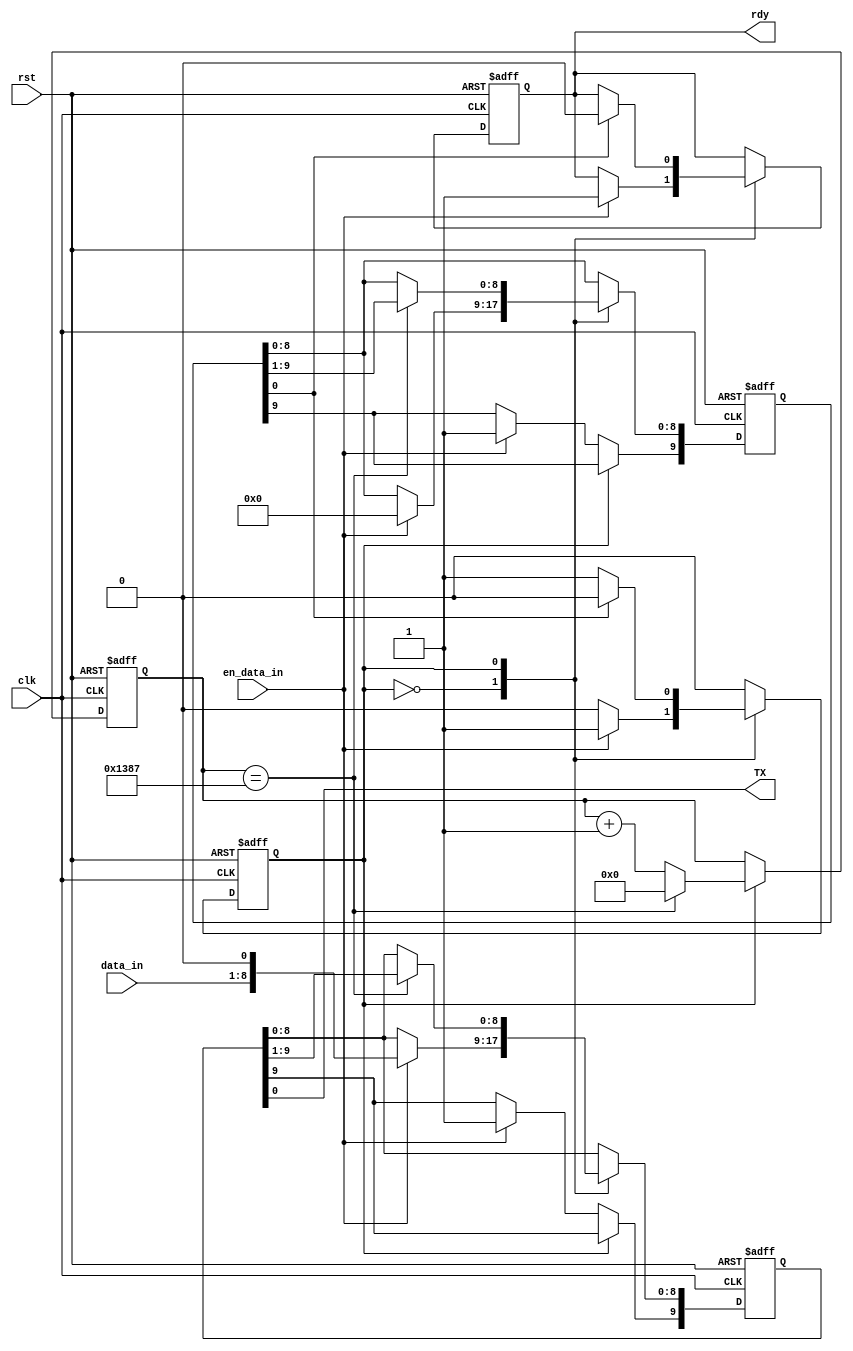
/*
 *        
 *  Esc    F1 F2 F3 F4  F5 F6 F7 F8  F9F10F11F12 P/SS LP/B          
 *                  
 *    
 *  ~ `! 1@ 2# 3$ 4% 5^ 6& 7* 8( 9) 0_ -+ = BacSp  InsHomPUp N L /  *  - 
 *    
 *   Tab  Q  W  E  R  T  Y  U  I  O  P { [} ] | \  DelEndPDn  7  8  9    
 *     + 
 *   Caps  A  S  D  F  G  H  J  K  L : ;" ' Enter                  4  5  6    
 *            
 *   Shift   Z  X  C  V  B  N  M < ,> .? /  Shift                1  2  3    
 *     E
 *   Ctrl    Alt          Space          Alt        Ctrl           0    . 
 *    
 *
 * @Author: Groot
 * @Date: 2022-02-10 12:30:20
 * @LastEditTime: 2022-02-11 10:00:20
 * @LastEditors: Groot
 * @Description:
 * @FilePath: /groot/VerilogLearning/L9/UART_TXer/UART_TXer.v
 * 
 */

//
module UART_TXer (input wire clk,
                  input wire rst,
                  input wire en_data_in,    //
                  input wire [7:0] data_in, //
                  output wire TX,
                  output reg rdy);          //0
    
    reg state;                        //
    reg [9:0] send_buff;                    //
    
    assign TX = send_buff[0];               //TX
    
    reg [9:0] send_flag;                    //
    
    reg [12:0] con;                         //
    
    always @(posedge clk or negedge rst) begin
        if (~rst) begin
            state     <= 0;
            send_buff <= 1;
            send_flag <= 10'b10_0000_0000;
            con       <= 0;
            rdy       <= 0;
        end
        else begin
            case (state)
                0 : //
                begin
                    if (en_data_in) begin
                        send_buff <= {1'b1,data_in,1'b0};
                        send_flag <= 10'b10_0000_0000;
                        rdy       <= 1;
                        state     <= 1;
                    end
                end
                1 : //
                begin
                    if (con == 5000 - 1) begin
                        send_buff[8:0] <= send_buff[9:1];
                        send_flag[8:0] <= send_flag[9:1];
                        con <= 0;
                    end
                    else begin
                        con <= con + 1;
                    end
                    //
                    if (send_flag[0] == 1'b1) begin
                        rdy   <= 0;
                        state <= 0;
                    end
                end
            endcase
        end
    end
endmodule //UART_TXer